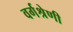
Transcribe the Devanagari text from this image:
वर्गश्रेणी